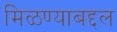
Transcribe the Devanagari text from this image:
मिळण्याबद्दल